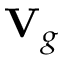
\mathbf { V } _ { g }